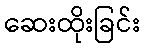
ဆေးထိုးခြင်း